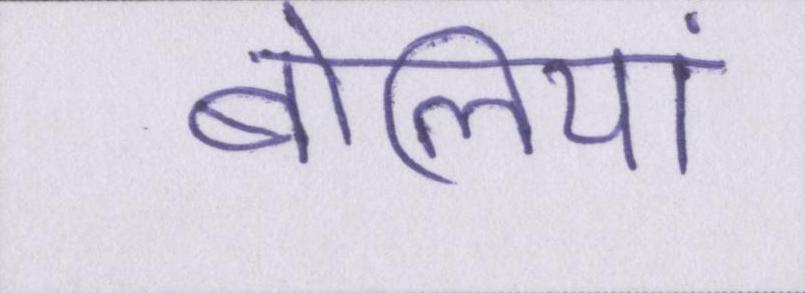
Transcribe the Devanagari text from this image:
बोलियां